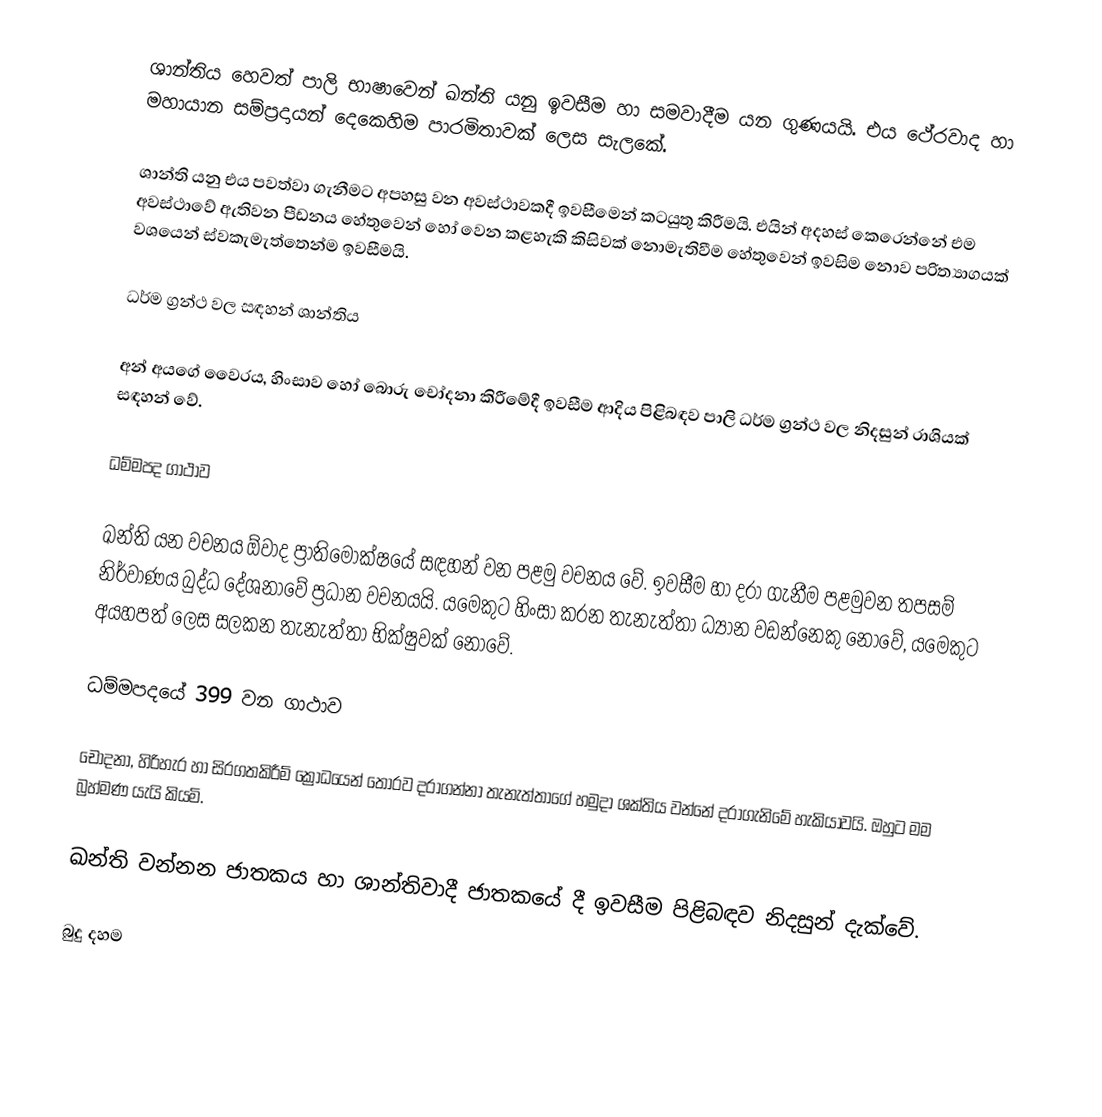
ශාන්තිය හෙවත් පාලි භාෂාවෙන් ඛන්ති යනු ඉවසීම හා සමවාදීම යන ගුණයයි. ‍එය ථේරවාද හා මහායාන සම්ප්‍රදායන් දෙකෙහිම පාරමිතාවක් ලෙස සැලකේ.

ශාන්ති යනු එය පවත්වා ගැනීමට අපහසු වන අවස්ථාවකදී ඉවසීමෙන් කටයුතු කිරීමයි. එයින් අදහස් කෙරෙන්නේ එම අවස්ථාවේ ඇතිවන පීඩනය හේතුවෙන් හෝ වෙන කළහැකි කිසිවක් නොමැතිවීම හේතුවෙන් ඉවසිම නොව පරිත්‍යාගයක් වශයෙන් ස්වකැමැත්තෙන්ම ඉවසීමයි.

ධර්ම ග්‍රන්ථ වල සඳහන් ශාන්තිය

අන් අයගේ වෛරය, හිංසාව හෝ බොරු චෝදනා කිරීමේදී ඉවසීම ආදිය පිළිබඳව පාලි ධර්ම ග්‍රන්ථ වල නිදසුන් රාශියක් සඳහන් වේ.

ධම්මපද ගාථාව

ඛන්ති යන වචනය ඕවාද ප්‍රාතිමෝක්ෂයේ සඳහන් වන පළමු වචනය වේ. ඉවසීම හා දරා ගැනීම පළමුවන තපසම් නිර්වාණය බුද්ධ දේශනාවේ ප්‍රධාන වචනයයි. ‍යමෙකුට හිංසා කරන තැනැත්තා ධ්‍යාන වඩන්නෙකු නොවේ, යමෙකුට අයහපත් ලෙස සලකන තැනැත්තා භික්ෂුවක් නොවේ.

ධම්මපදයේ 399 වන ගාථාව

චෝදනා, හිරිහැර හා සිරගතකිරීම් ක්‍රෝධයෙන් තොරව දරාගන්නා තැනැත්තාගේ හමුදා ශක්තිය වන්නේ දරාගැනිමේ හැකියාවයි. ඔහුට මම බ්‍රහ්මණ යැයි කියමි.

ඛන්ති වන්නන ජාතකය හා ශාන්තිවාදී ජාතකයේ දී ඉවසීම පිළිබඳව නිදසුන් දැක්වේ.

බුදු දහම